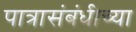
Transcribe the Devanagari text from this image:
पात्रासंबंधीच्या